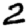
Digit: 2